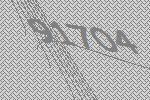
91704